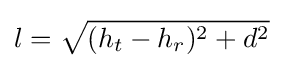
l={\sqrt {(h_{t}-h_{r})^{2}+d^{2}}}